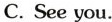
C. See you.